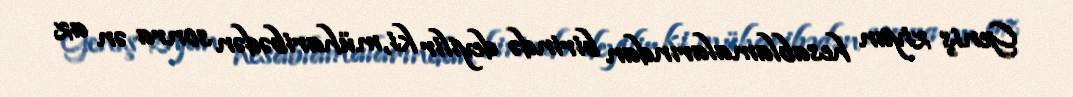
Geniş ziyan hesablamalarından birində deyilir ki, müharibədən sonra ən az